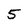
Character: 5